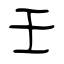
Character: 壬